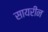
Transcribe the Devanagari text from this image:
सायरीन